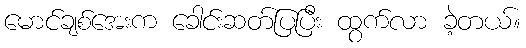
မောင်ချစ်အေးက ခေါင်းဆတ်ပြပြီး ထွက်လာ ခဲ့တယ်။